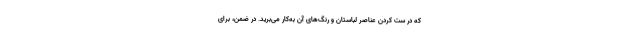
که در ست کردن عناصر لباستان و رنگ‌های آن به‌کار می‌برید. در ضمن، برای